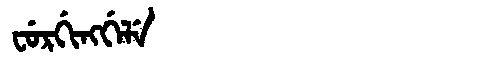
Manchu: ᠸᡠᡵᡤᡳᠩᡤᡝᠯᡝ
Romanization: FURGINGGELE